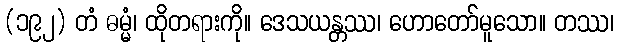
(၁၉၂) တံ ဓမ္မံ၊ ထိုတရားကို။ ဒေသယန္တဿ၊ ဟောတော်မူသော။ တဿ၊